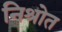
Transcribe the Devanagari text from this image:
निश्रोत